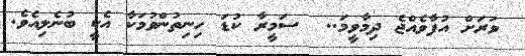
ވަރަށް އުފާވެއްޖެ ދިމާވީމަ..  ސަމީރާ ކުޑަ ހިނިތުންވުމަކާ އެކީ ބުނެލިއެވެ.